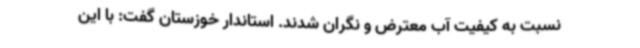
نسبت به کیفیت آب معترض و نگران شدند. استاندار خوزستان گفت: با این